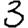
Digit: 3